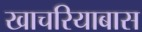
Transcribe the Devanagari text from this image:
खाचरियाबास